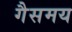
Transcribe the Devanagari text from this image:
गैसमय